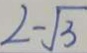
2 - \sqrt { 3 }